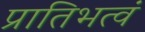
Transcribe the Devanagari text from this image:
प्रातिभत्वं